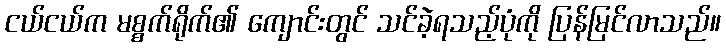
ငယ်ငယ်က မစ္စက်ရိုက်၏ ကျောင်းတွင် သင်ခဲ့ရသည့်ပုံကို ပြန်မြင်လာသည်။